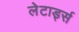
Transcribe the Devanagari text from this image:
लेटार्ड्स